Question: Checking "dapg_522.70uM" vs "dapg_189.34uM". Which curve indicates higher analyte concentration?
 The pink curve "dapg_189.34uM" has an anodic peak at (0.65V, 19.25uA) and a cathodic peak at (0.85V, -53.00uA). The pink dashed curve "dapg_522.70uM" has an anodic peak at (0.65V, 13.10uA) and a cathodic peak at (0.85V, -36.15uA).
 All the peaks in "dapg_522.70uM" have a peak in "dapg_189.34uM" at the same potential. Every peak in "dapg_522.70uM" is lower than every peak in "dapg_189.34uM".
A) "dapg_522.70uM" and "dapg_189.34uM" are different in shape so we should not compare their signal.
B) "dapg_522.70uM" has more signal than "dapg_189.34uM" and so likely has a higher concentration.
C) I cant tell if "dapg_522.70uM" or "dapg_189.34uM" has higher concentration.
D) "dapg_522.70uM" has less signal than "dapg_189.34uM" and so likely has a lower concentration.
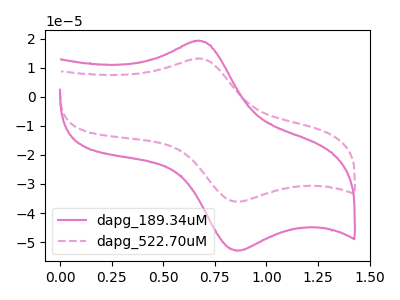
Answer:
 <answer>D) "dapg_522.70uM" has less signal than "dapg_189.34uM" and so likely has a lower concentration.</answer>
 <eval>D</eval>